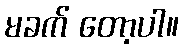
မခက် တော့ပါ။